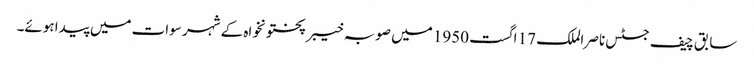
سابق چیف جسٹس ناصر الملک 17 اگست 1950 میں صوبہ خیبر پختونخواہ کے شہر سوات میں پیدا ہوئے۔